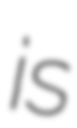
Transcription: is